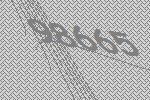
98665